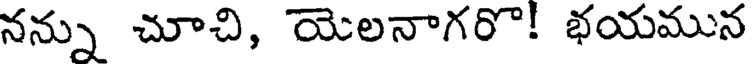
నన్ను చూచి, యెలనాగరొ! భయమున